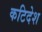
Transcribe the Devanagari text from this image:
कटिदेश